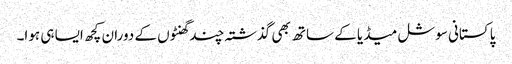
پاکستانی سوشل میڈیا کے ساتھ بھی گذشتہ چند گھنٹوں کے دوران کچھ ایسا ہی ہوا۔